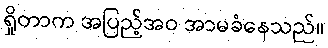
ရှိုတာက အပြည့်အဝ အာမခံနေသည်။